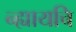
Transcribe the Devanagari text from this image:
न्ह्यायचि